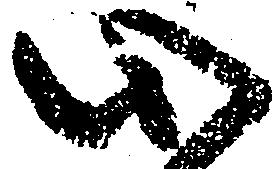
心